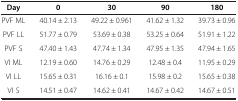
<table><thead><tr><td><b>Day</b></td><td><b>0</b></td><td><b>30</b></td><td><b>90</b></td><td><b>180</b></td></tr></thead><tbody><tr><td>PVF ML</td><td>40.14 ± 2.13</td><td>49.22 ± 0.961</td><td>41.62 ± 1.32</td><td>39.73 ± 0.96</td></tr><tr><td>PVF LL</td><td>51.77 ± 0.79</td><td>53.69 ± 0.38</td><td>53.25 ± 0.64</td><td>51.91 ± 1.22</td></tr><tr><td>PVF S</td><td>47.40 ± 1.43</td><td>47.74 ± 1.34</td><td>47.95 ± 1.35</td><td>47.94 ± 1.65</td></tr><tr><td>VI ML</td><td>12.19 ± 0.60</td><td>14.76 ± 0.29</td><td>12.48 ± 0.4</td><td>11.95 ± 0.29</td></tr><tr><td>VI LL</td><td>15.65 ± 0.31</td><td>16.16 ± 0.1</td><td>15.98 ± 0.2</td><td>15.65 ± 0.38</td></tr><tr><td>VI S</td><td>14.51 ± 0.47</td><td>14.62 ± 0.41</td><td>14.67 ± 0.42</td><td>14.67 ± 0.51</td></tr></tbody></table>